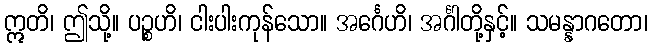
ဣတိ၊ ဤသို့။ ပဉ္စဟိ၊ ငါးပါးကုန်သော။ အင်္ဂေဟိ၊ အင်္ဂါတို့နှင့်။ သမန္နာဂတော၊